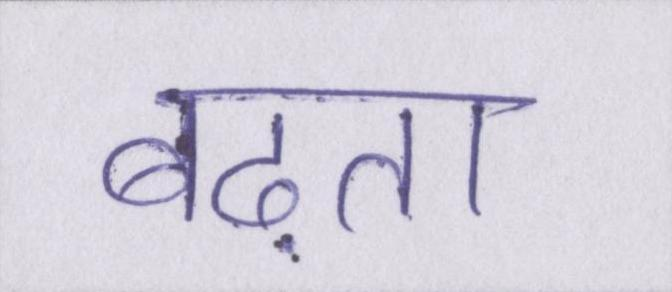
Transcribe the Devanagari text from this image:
बढ़ता